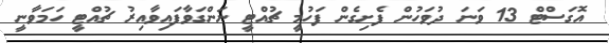
އޮގަސްޓް 13 ވަނަ ދުވަހުން ފެށިގެން ފަހުމީ ޗުއްޓީ ނަންގަވާފައިވާއިރު ޗުއްޓީ ހަމަވާނީ